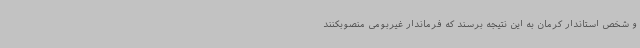
و شخص استاندار کرمان به این نتیجه برسند که فرماندار غیربومی منصوبکنند